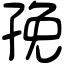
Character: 㝃